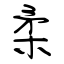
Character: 柔